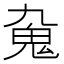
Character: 𩱼